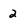
Character: 2